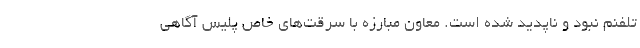
تلفنم نبود و ناپدید شده است. معاون مبارزه با سرقت‌های خاص پلیس آگاهی